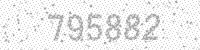
Solution: 795882